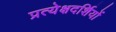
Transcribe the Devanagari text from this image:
प्रत्येक्षदर्शियों